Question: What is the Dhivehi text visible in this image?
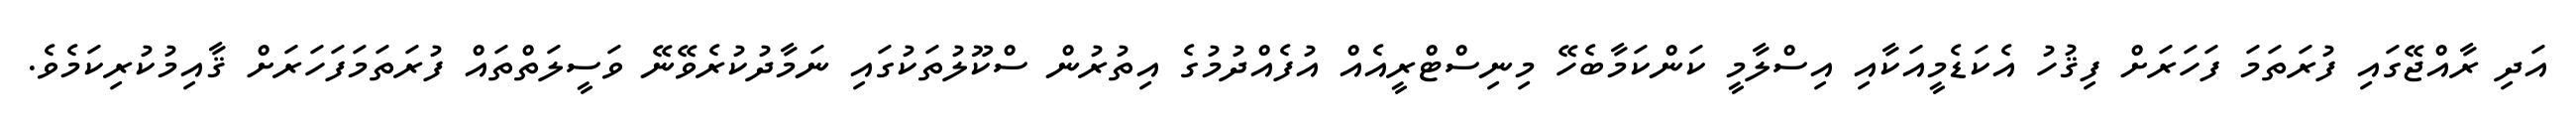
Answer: އަދި ރާއްޖޭގައި ފުރަތަމަ ފަހަރަށް ފިޤުހު އެކަޑެމީއަކާއި އިސްލާމީ ކަންކަމާބެހޭ މިނިސްޓްރީއެއް އުފެއްދުމުގެ އިތުރުން ސްކޫލުތަކުގައި ނަމާދުކުރެވޭނޭ ވަސީލަތްތައް ފުރަތަމަފަހަރަށް ޤާއިމުކުރިކަމެވެ.